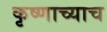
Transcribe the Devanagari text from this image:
कृष्णाच्याच